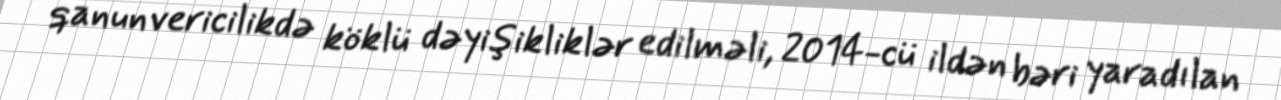
qanunvericilikdə köklü dəyişikliklər edilməli, 2014-cü ildən bəri yaradılan